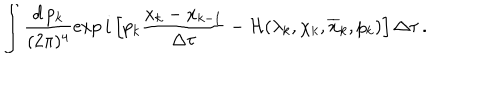
\int \frac { d \, p _ { k } } { ( 2 \pi ) ^ { 4 } } \exp i \left[ p _ { k } \frac { x _ { k } - x _ { k - 1 } } { \Delta \tau } - { \cal H } ( \lambda _ { k } , \chi _ { k } , \overline { { { x } } } _ { k } , p _ { k } ) \right] \Delta \tau \, .